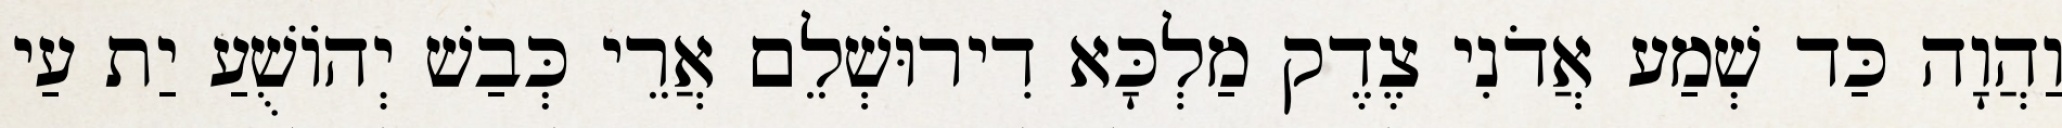
וַהֲוָה כַּד שְׁמַע אֲדֹנִי צֶדֶק מַלְכָּא דִירוּשְׁלֵם אֲרֵי כְּבַשׁ יְהוֹשֻׁעַ יַת עַי